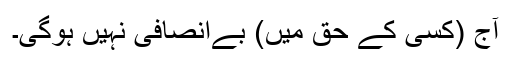
آج (کسی کے حق میں) بےانصافی نہیں ہوگی۔